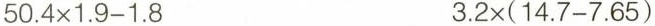
$$50.4\times1.9-1.8$$ $$3.2 \times (14.7-7.65)$$